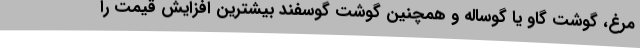
مرغ، گوشت گاو یا گوساله و همچنین گوشت گوسفند بیشترین افزایش قیمت را